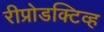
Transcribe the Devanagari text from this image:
रीप्रोडक्टिव्ह